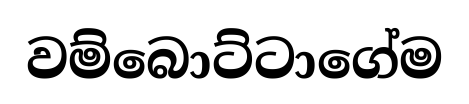
වම්බොට්ටාගේම